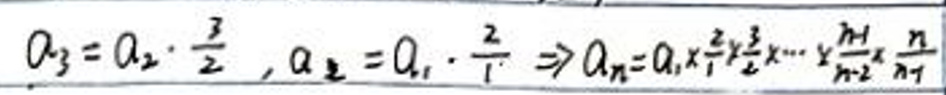
\[ a_3 = a_2 \cdot \frac{3}{2}, a_2 = a_1 \cdot \frac{2}{1} \Rightarrow a_n = a_1 \cdot \frac{2}{1} \cdot \frac{3}{2} \cdot \frac{4}{3} \cdots \frac{n}{n - 1} \]